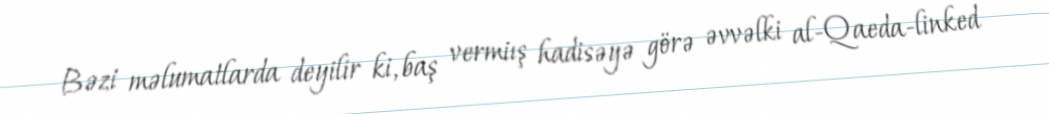
Bəzi məlumatlarda deyilir ki, baş vermiış hadisəyə görə əvvəlki al-Qaeda-linked